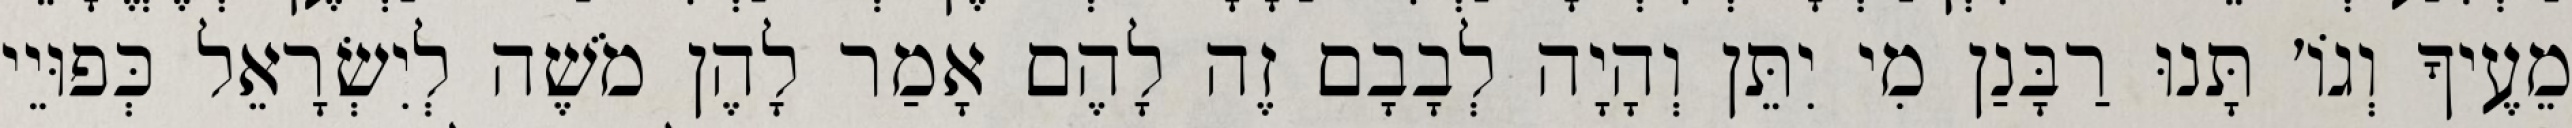
מֵעֶיךָ וְגוֹ׳ תָּנוּ רַבָּנַן מִי יִתֵּן וְהָיָה לְבָבָם זֶה לָהֶם אָמַר לָהֶן מֹשֶׁה לְיִשְׂרָאֵל כְּפוּיֵי